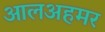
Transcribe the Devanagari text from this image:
आलअहमर